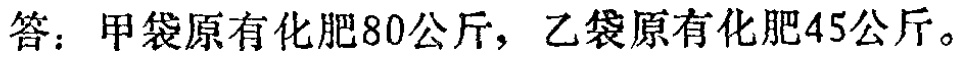
答：甲袋原有化肥80公斤，乙袋原有化肥45公斤。